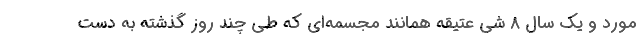
مورد و یک سال ۸ شی عتیقه همانند مجسمه‌ای که طی چند روز گذشته به دست